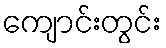
ကျောင်းတွင်း